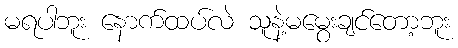
မရပါဘူး နောက်ထပ်လဲ သူနဲ့မမွေးချင်တော့ဘူး